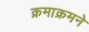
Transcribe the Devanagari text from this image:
क्रमाक्रमने